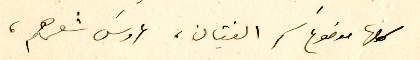
كلها موضوعَ سحر الفتيان، عروسَ شعرهم،